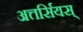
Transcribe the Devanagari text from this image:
अत्तर्सियस्